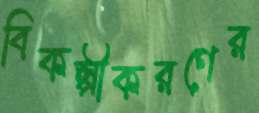
বিকল্পীকরণের